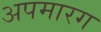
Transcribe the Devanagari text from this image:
अपमारग